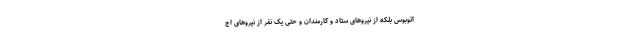
اتوبوس بلکه از نیروهای ستاد و کارمندان و حتی یک نفر از نیروهای اج